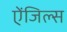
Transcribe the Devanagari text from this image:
ऐंजिल्‍स